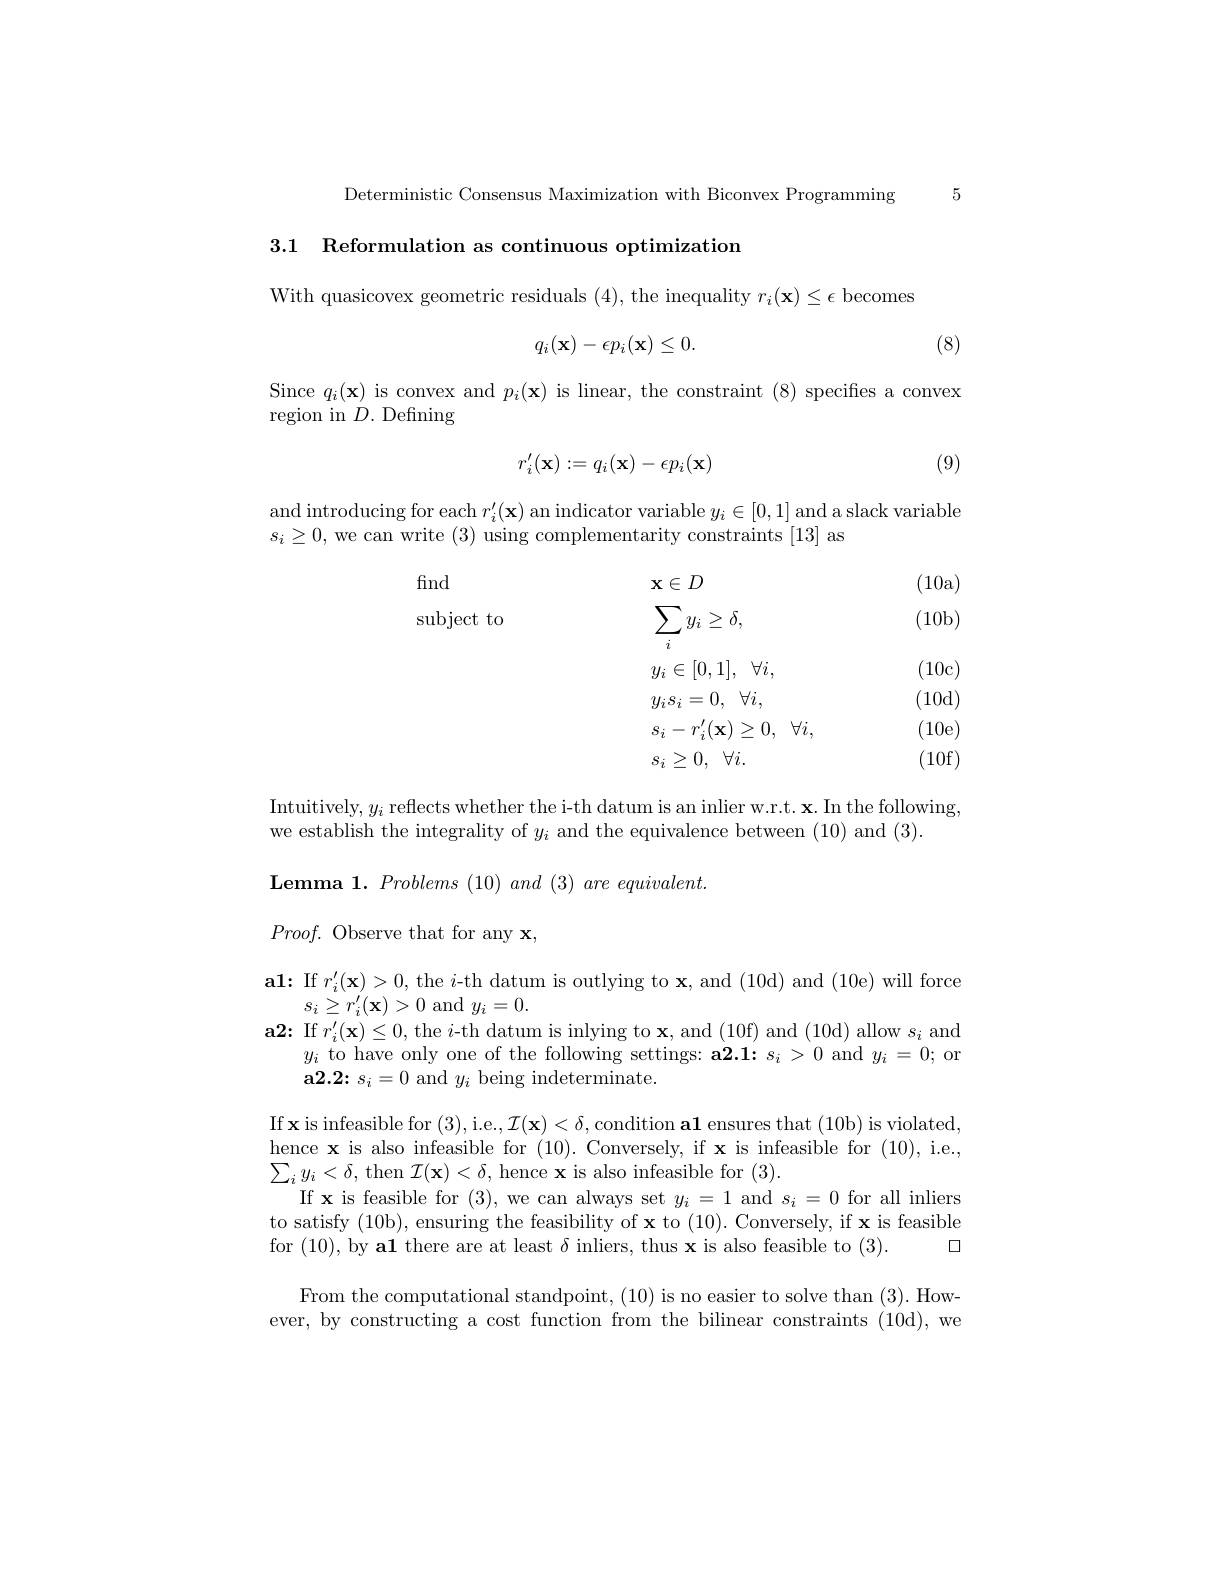
Deterministic Consensus Maximization with Biconvex Programming 5

3.1 Reformulation as continuous optimization

With quasicovex geometric residuals (4), the inequality $r_i(\mathbf{x})\leq\epsilon$ becomes

(8)
$$q_i(\mathbf{x})-\epsilon p_i(\mathbf{x})\leq0.$$
Since $q_{i}(\mathbf{x})$ is convex and $p_{i}(\mathbf{x})$ is linear, the constraint (8) specifies a convex
region in $D.$ Defining
$$r_i'(\mathbf{x}):=q_i(\mathbf{x})-\epsilon p_i(\mathbf{x})$$
(9)

and introducing for each $r_i^{\prime}(\mathbf{x})$ an indicator variable $y_i\in[0,1]$ and a slack variable
$s_i\geq0$, we can write (3) using complementarity constraints [13] as

find

(10a)

subject to

(10b)

(10c)
$$\begin{aligned}&\mathbf{x}\in D\\&\sum_{i}y_{i}\geq\delta,\\&y_{i}\in[0,1],\quad\forall i,\\&y_{i}s_{i}=0,\quad\forall i,\\&s_{i}-r_{i}^{\prime}(\mathbf{x})\geq0,\quad\forall i,\\&s_{i}\geq0,\:\forall i.\end{aligned}$$
(10d)

(10e)

(10f)

Intuitively, $y_i$ reflects whether the i-th datum is an inlier w.r.t. x. In the following,
we establish the integrality of $y_{i}$ and the equivalence between (10) and (3).

$\textbf{Lemma 1. Problems }( 10)$ and (3) are $equivalent.$
$Proof.{\mathrm{~Observe~that~for~any~x}}$,
$\mathbf{a1:~If~}r_{i}^{\prime}(\mathbf{x})>0$, the $i$-th datum is outlying to $\mathbf{x}$, and (10d) and (10e) will force
$s_{i}\geq r_{i}^{\prime}(\mathbf{x})>0$ and $y_{i}=0.$
$\mathbf{a2:~If~}r_{i}^{\prime}(\mathbf{x})\leq0$, the $i$-th datum is inlying to $\mathbf{x}$,and (10f) and (10d) allow $s_i$ and
$y_{i}$ to have only one of the following settings: a2.1: $s_i>0$ and $y_{i}=0;$ or
$\mathbf{a}2.2\colon s_{i}=0$ and $y_{i}$ being indeterminate.
If x is infeasible for (3),i.e.$,\mathcal{I}(\mathbf{x})<\delta$,condition a1 ensures that (10b) is violated hence x is also infeasible for $( 10) . \textbf{Conversely, if x is infeasible for}( 10) $,i.e., $\sum_{i}y_{i}<\delta$, then $\mathcal{I}(\mathbf{x})<\delta$, hence x is also infeasible for (3).
If x is feasible for (3), we can always set $y_i=1$ and $s_i=0$ for all inliers to satisfy (10b), ensuring the feasibility of x to (10). Conversely, if x is feasible for (10),by al there are at least $\delta$ inliers, thus x is also feasible to (3). $\square$
From the computational standpoint, (10) is no easier to solve than (3). However, by constructing a cost function from the bilinear constraints (10d), we